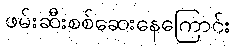
ဖမ်းဆီးစစ်ဆေးနေကြောင်း